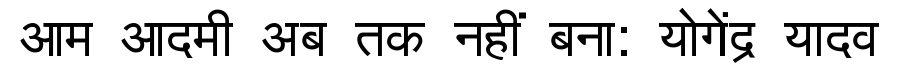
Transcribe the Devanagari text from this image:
आम आदमी अब तक नहीं बना: योगेंद्र यादव